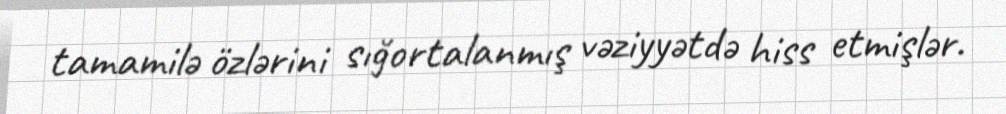
tamamilə özlərini sığortalanmış vəziyyətdə hiss etmişlər.